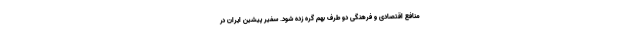
منافع اقتصادی و فرهنگی دو طرف بهم گره زده شود. سفیر پیشین ایران در